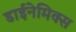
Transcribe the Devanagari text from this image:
डाईनेमिक्स